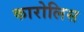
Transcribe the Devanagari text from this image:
कारोलिस